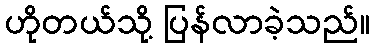
ဟိုတယ်သို့ ပြန်လာခဲ့သည်။